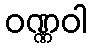
ဝဏ္ဏဝါ